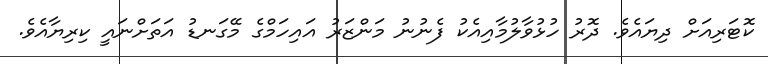
ކޮޓަރިއަށް ދިޔައެވެ. ދޮރު ހުޅުވާލުމާއިއެކު ފެނުނު މަންޒަރު އައިހަމްގެ މޭގަނޑު އަތަށްނައީ ކިރިޔާއެވެ.